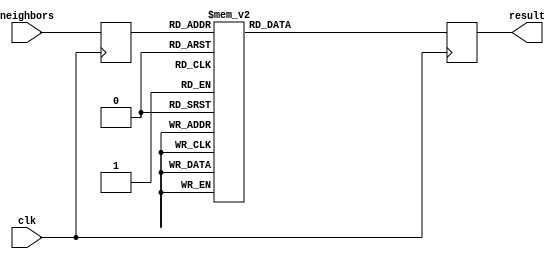
module case_top
  (
   input clk,
   input [8:0] neighbors,
   output result
   );
  

  reg [8:0]   neighbors_r;
  reg	      wdata;
  assign result = wdata;
  
  always @ (posedge clk) begin
    neighbors_r <= neighbors;
  end

  always @(posedge clk) begin
    case(neighbors_r)
      9'b000_000_000: wdata <= 1'b0;
      9'b000_000_001: wdata <= 1'b0;
      9'b000_000_010: wdata <= 1'b0;
      9'b000_000_011: wdata <= 1'b0;
      9'b000_000_100: wdata <= 1'b0;
      9'b000_000_101: wdata <= 1'b0;
      9'b000_000_110: wdata <= 1'b0;
      9'b000_000_111: wdata <= 1'b1;
      9'b000_001_000: wdata <= 1'b0;
      9'b000_001_001: wdata <= 1'b0;
      9'b000_001_010: wdata <= 1'b0;
      9'b000_001_011: wdata <= 1'b1;
      9'b000_001_100: wdata <= 1'b0;
      9'b000_001_101: wdata <= 1'b1;
      9'b000_001_110: wdata <= 1'b1;
      9'b000_001_111: wdata <= 1'b0;
      9'b000_010_000: wdata <= 1'b0;
      9'b000_010_001: wdata <= 1'b0;
      9'b000_010_010: wdata <= 1'b0;
      9'b000_010_011: wdata <= 1'b1;
      9'b000_010_100: wdata <= 1'b0;
      9'b000_010_101: wdata <= 1'b1;
      9'b000_010_110: wdata <= 1'b1;
      9'b000_010_111: wdata <= 1'b1;
      9'b000_011_000: wdata <= 1'b0;
      9'b000_011_001: wdata <= 1'b1;
      9'b000_011_010: wdata <= 1'b1;
      9'b000_011_011: wdata <= 1'b1;
      9'b000_011_100: wdata <= 1'b1;
      9'b000_011_101: wdata <= 1'b1;
      9'b000_011_110: wdata <= 1'b1;
      9'b000_011_111: wdata <= 1'b0;
      9'b000_100_000: wdata <= 1'b0;
      9'b000_100_001: wdata <= 1'b0;
      9'b000_100_010: wdata <= 1'b0;
      9'b000_100_011: wdata <= 1'b1;
      9'b000_100_100: wdata <= 1'b0;
      9'b000_100_101: wdata <= 1'b1;
      9'b000_100_110: wdata <= 1'b1;
      9'b000_100_111: wdata <= 1'b0;
      9'b000_101_000: wdata <= 1'b0;
      9'b000_101_001: wdata <= 1'b1;
      9'b000_101_010: wdata <= 1'b1;
      9'b000_101_011: wdata <= 1'b0;
      9'b000_101_100: wdata <= 1'b1;
      9'b000_101_101: wdata <= 1'b0;
      9'b000_101_110: wdata <= 1'b0;
      9'b000_101_111: wdata <= 1'b0;
      9'b000_110_000: wdata <= 1'b0;
      9'b000_110_001: wdata <= 1'b1;
      9'b000_110_010: wdata <= 1'b1;
      9'b000_110_011: wdata <= 1'b1;
      9'b000_110_100: wdata <= 1'b1;
      9'b000_110_101: wdata <= 1'b1;
      9'b000_110_110: wdata <= 1'b1;
      9'b000_110_111: wdata <= 1'b0;
      9'b000_111_000: wdata <= 1'b1;
      9'b000_111_001: wdata <= 1'b1;
      9'b000_111_010: wdata <= 1'b1;
      9'b000_111_011: wdata <= 1'b0;
      9'b000_111_100: wdata <= 1'b1;
      9'b000_111_101: wdata <= 1'b0;
      9'b000_111_110: wdata <= 1'b0;
      9'b000_111_111: wdata <= 1'b0;
      9'b001_000_000: wdata <= 1'b0;
      9'b001_000_001: wdata <= 1'b0;
      9'b001_000_010: wdata <= 1'b0;
      9'b001_000_011: wdata <= 1'b1;
      9'b001_000_100: wdata <= 1'b0;
      9'b001_000_101: wdata <= 1'b1;
      9'b001_000_110: wdata <= 1'b1;
      9'b001_000_111: wdata <= 1'b0;
      9'b001_001_000: wdata <= 1'b0;
      9'b001_001_001: wdata <= 1'b1;
      9'b001_001_010: wdata <= 1'b1;
      9'b001_001_011: wdata <= 1'b0;
      9'b001_001_100: wdata <= 1'b1;
      9'b001_001_101: wdata <= 1'b0;
      9'b001_001_110: wdata <= 1'b0;
      9'b001_001_111: wdata <= 1'b0;
      9'b001_010_000: wdata <= 1'b0;
      9'b001_010_001: wdata <= 1'b1;
      9'b001_010_010: wdata <= 1'b1;
      9'b001_010_011: wdata <= 1'b1;
      9'b001_010_100: wdata <= 1'b1;
      9'b001_010_101: wdata <= 1'b1;
      9'b001_010_110: wdata <= 1'b1;
      9'b001_010_111: wdata <= 1'b0;
      9'b001_011_000: wdata <= 1'b1;
      9'b001_011_001: wdata <= 1'b1;
      9'b001_011_010: wdata <= 1'b1;
      9'b001_011_011: wdata <= 1'b0;
      9'b001_011_100: wdata <= 1'b1;
      9'b001_011_101: wdata <= 1'b0;
      9'b001_011_110: wdata <= 1'b0;
      9'b001_011_111: wdata <= 1'b0;
      9'b001_100_000: wdata <= 1'b0;
      9'b001_100_001: wdata <= 1'b1;
      9'b001_100_010: wdata <= 1'b1;
      9'b001_100_011: wdata <= 1'b0;
      9'b001_100_100: wdata <= 1'b1;
      9'b001_100_101: wdata <= 1'b0;
      9'b001_100_110: wdata <= 1'b0;
      9'b001_100_111: wdata <= 1'b0;
      9'b001_101_000: wdata <= 1'b1;
      9'b001_101_001: wdata <= 1'b0;
      9'b001_101_010: wdata <= 1'b0;
      9'b001_101_011: wdata <= 1'b0;
      9'b001_101_100: wdata <= 1'b0;
      9'b001_101_101: wdata <= 1'b0;
      9'b001_101_110: wdata <= 1'b0;
      9'b001_101_111: wdata <= 1'b0;
      9'b001_110_000: wdata <= 1'b1;
      9'b001_110_001: wdata <= 1'b1;
      9'b001_110_010: wdata <= 1'b1;
      9'b001_110_011: wdata <= 1'b0;
      9'b001_110_100: wdata <= 1'b1;
      9'b001_110_101: wdata <= 1'b0;
      9'b001_110_110: wdata <= 1'b0;
      9'b001_110_111: wdata <= 1'b0;
      9'b001_111_000: wdata <= 1'b1;
      9'b001_111_001: wdata <= 1'b0;
      9'b001_111_010: wdata <= 1'b0;
      9'b001_111_011: wdata <= 1'b0;
      9'b001_111_100: wdata <= 1'b0;
      9'b001_111_101: wdata <= 1'b0;
      9'b001_111_110: wdata <= 1'b0;
      9'b001_111_111: wdata <= 1'b0;
      9'b010_000_000: wdata <= 1'b0;
      9'b010_000_001: wdata <= 1'b0;
      9'b010_000_010: wdata <= 1'b0;
      9'b010_000_011: wdata <= 1'b1;
      9'b010_000_100: wdata <= 1'b0;
      9'b010_000_101: wdata <= 1'b1;
      9'b010_000_110: wdata <= 1'b1;
      9'b010_000_111: wdata <= 1'b0;
      9'b010_001_000: wdata <= 1'b0;
      9'b010_001_001: wdata <= 1'b1;
      9'b010_001_010: wdata <= 1'b1;
      9'b010_001_011: wdata <= 1'b0;
      9'b010_001_100: wdata <= 1'b1;
      9'b010_001_101: wdata <= 1'b0;
      9'b010_001_110: wdata <= 1'b0;
      9'b010_001_111: wdata <= 1'b0;
      9'b010_010_000: wdata <= 1'b0;
      9'b010_010_001: wdata <= 1'b1;
      9'b010_010_010: wdata <= 1'b1;
      9'b010_010_011: wdata <= 1'b1;
      9'b010_010_100: wdata <= 1'b1;
      9'b010_010_101: wdata <= 1'b1;
      9'b010_010_110: wdata <= 1'b1;
      9'b010_010_111: wdata <= 1'b0;
      9'b010_011_000: wdata <= 1'b1;
      9'b010_011_001: wdata <= 1'b1;
      9'b010_011_010: wdata <= 1'b1;
      9'b010_011_011: wdata <= 1'b0;
      9'b010_011_100: wdata <= 1'b1;
      9'b010_011_101: wdata <= 1'b0;
      9'b010_011_110: wdata <= 1'b0;
      9'b010_011_111: wdata <= 1'b0;
      9'b010_100_000: wdata <= 1'b0;
      9'b010_100_001: wdata <= 1'b1;
      9'b010_100_010: wdata <= 1'b1;
      9'b010_100_011: wdata <= 1'b0;
      9'b010_100_100: wdata <= 1'b1;
      9'b010_100_101: wdata <= 1'b0;
      9'b010_100_110: wdata <= 1'b0;
      9'b010_100_111: wdata <= 1'b0;
      9'b010_101_000: wdata <= 1'b1;
      9'b010_101_001: wdata <= 1'b0;
      9'b010_101_010: wdata <= 1'b0;
      9'b010_101_011: wdata <= 1'b0;
      9'b010_101_100: wdata <= 1'b0;
      9'b010_101_101: wdata <= 1'b0;
      9'b010_101_110: wdata <= 1'b0;
      9'b010_101_111: wdata <= 1'b0;
      9'b010_110_000: wdata <= 1'b1;
      9'b010_110_001: wdata <= 1'b1;
      9'b010_110_010: wdata <= 1'b1;
      9'b010_110_011: wdata <= 1'b0;
      9'b010_110_100: wdata <= 1'b1;
      9'b010_110_101: wdata <= 1'b0;
      9'b010_110_110: wdata <= 1'b0;
      9'b010_110_111: wdata <= 1'b0;
      9'b010_111_000: wdata <= 1'b1;
      9'b010_111_001: wdata <= 1'b0;
      9'b010_111_010: wdata <= 1'b0;
      9'b010_111_011: wdata <= 1'b0;
      9'b010_111_100: wdata <= 1'b0;
      9'b010_111_101: wdata <= 1'b0;
      9'b010_111_110: wdata <= 1'b0;
      9'b010_111_111: wdata <= 1'b0;
      9'b011_000_000: wdata <= 1'b0;
      9'b011_000_001: wdata <= 1'b1;
      9'b011_000_010: wdata <= 1'b1;
      9'b011_000_011: wdata <= 1'b0;
      9'b011_000_100: wdata <= 1'b1;
      9'b011_000_101: wdata <= 1'b0;
      9'b011_000_110: wdata <= 1'b0;
      9'b011_000_111: wdata <= 1'b0;
      9'b011_001_000: wdata <= 1'b1;
      9'b011_001_001: wdata <= 1'b0;
      9'b011_001_010: wdata <= 1'b0;
      9'b011_001_011: wdata <= 1'b0;
      9'b011_001_100: wdata <= 1'b0;
      9'b011_001_101: wdata <= 1'b0;
      9'b011_001_110: wdata <= 1'b0;
      9'b011_001_111: wdata <= 1'b0;
      9'b011_010_000: wdata <= 1'b1;
      9'b011_010_001: wdata <= 1'b1;
      9'b011_010_010: wdata <= 1'b1;
      9'b011_010_011: wdata <= 1'b0;
      9'b011_010_100: wdata <= 1'b1;
      9'b011_010_101: wdata <= 1'b0;
      9'b011_010_110: wdata <= 1'b0;
      9'b011_010_111: wdata <= 1'b0;
      9'b011_011_000: wdata <= 1'b1;
      9'b011_011_001: wdata <= 1'b0;
      9'b011_011_010: wdata <= 1'b0;
      9'b011_011_011: wdata <= 1'b0;
      9'b011_011_100: wdata <= 1'b0;
      9'b011_011_101: wdata <= 1'b0;
      9'b011_011_110: wdata <= 1'b0;
      9'b011_011_111: wdata <= 1'b0;
      9'b011_100_000: wdata <= 1'b1;
      9'b011_100_001: wdata <= 1'b0;
      9'b011_100_010: wdata <= 1'b0;
      9'b011_100_011: wdata <= 1'b0;
      9'b011_100_100: wdata <= 1'b0;
      9'b011_100_101: wdata <= 1'b0;
      9'b011_100_110: wdata <= 1'b0;
      9'b011_100_111: wdata <= 1'b0;
      9'b011_101_000: wdata <= 1'b0;
      9'b011_101_001: wdata <= 1'b0;
      9'b011_101_010: wdata <= 1'b0;
      9'b011_101_011: wdata <= 1'b0;
      9'b011_101_100: wdata <= 1'b0;
      9'b011_101_101: wdata <= 1'b0;
      9'b011_101_110: wdata <= 1'b0;
      9'b011_101_111: wdata <= 1'b0;
      9'b011_110_000: wdata <= 1'b1;
      9'b011_110_001: wdata <= 1'b0;
      9'b011_110_010: wdata <= 1'b0;
      9'b011_110_011: wdata <= 1'b0;
      9'b011_110_100: wdata <= 1'b0;
      9'b011_110_101: wdata <= 1'b0;
      9'b011_110_110: wdata <= 1'b0;
      9'b011_110_111: wdata <= 1'b0;
      9'b011_111_000: wdata <= 1'b0;
      9'b011_111_001: wdata <= 1'b0;
      9'b011_111_010: wdata <= 1'b0;
      9'b011_111_011: wdata <= 1'b0;
      9'b011_111_100: wdata <= 1'b0;
      9'b011_111_101: wdata <= 1'b0;
      9'b011_111_110: wdata <= 1'b0;
      9'b011_111_111: wdata <= 1'b0;
      9'b100_000_000: wdata <= 1'b0;
      9'b100_000_001: wdata <= 1'b0;
      9'b100_000_010: wdata <= 1'b0;
      9'b100_000_011: wdata <= 1'b1;
      9'b100_000_100: wdata <= 1'b0;
      9'b100_000_101: wdata <= 1'b1;
      9'b100_000_110: wdata <= 1'b1;
      9'b100_000_111: wdata <= 1'b0;
      9'b100_001_000: wdata <= 1'b0;
      9'b100_001_001: wdata <= 1'b1;
      9'b100_001_010: wdata <= 1'b1;
      9'b100_001_011: wdata <= 1'b0;
      9'b100_001_100: wdata <= 1'b1;
      9'b100_001_101: wdata <= 1'b0;
      9'b100_001_110: wdata <= 1'b0;
      9'b100_001_111: wdata <= 1'b0;
      9'b100_010_000: wdata <= 1'b0;
      9'b100_010_001: wdata <= 1'b1;
      9'b100_010_010: wdata <= 1'b1;
      9'b100_010_011: wdata <= 1'b1;
      9'b100_010_100: wdata <= 1'b1;
      9'b100_010_101: wdata <= 1'b1;
      9'b100_010_110: wdata <= 1'b1;
      9'b100_010_111: wdata <= 1'b0;
      9'b100_011_000: wdata <= 1'b1;
      9'b100_011_001: wdata <= 1'b1;
      9'b100_011_010: wdata <= 1'b1;
      9'b100_011_011: wdata <= 1'b0;
      9'b100_011_100: wdata <= 1'b1;
      9'b100_011_101: wdata <= 1'b0;
      9'b100_011_110: wdata <= 1'b0;
      9'b100_011_111: wdata <= 1'b0;
      9'b100_100_000: wdata <= 1'b0;
      9'b100_100_001: wdata <= 1'b1;
      9'b100_100_010: wdata <= 1'b1;
      9'b100_100_011: wdata <= 1'b0;
      9'b100_100_100: wdata <= 1'b1;
      9'b100_100_101: wdata <= 1'b0;
      9'b100_100_110: wdata <= 1'b0;
      9'b100_100_111: wdata <= 1'b0;
      9'b100_101_000: wdata <= 1'b1;
      9'b100_101_001: wdata <= 1'b0;
      9'b100_101_010: wdata <= 1'b0;
      9'b100_101_011: wdata <= 1'b0;
      9'b100_101_100: wdata <= 1'b0;
      9'b100_101_101: wdata <= 1'b0;
      9'b100_101_110: wdata <= 1'b0;
      9'b100_101_111: wdata <= 1'b0;
      9'b100_110_000: wdata <= 1'b1;
      9'b100_110_001: wdata <= 1'b1;
      9'b100_110_010: wdata <= 1'b1;
      9'b100_110_011: wdata <= 1'b0;
      9'b100_110_100: wdata <= 1'b1;
      9'b100_110_101: wdata <= 1'b0;
      9'b100_110_110: wdata <= 1'b0;
      9'b100_110_111: wdata <= 1'b0;
      9'b100_111_000: wdata <= 1'b1;
      9'b100_111_001: wdata <= 1'b0;
      9'b100_111_010: wdata <= 1'b0;
      9'b100_111_011: wdata <= 1'b0;
      9'b100_111_100: wdata <= 1'b0;
      9'b100_111_101: wdata <= 1'b0;
      9'b100_111_110: wdata <= 1'b0;
      9'b100_111_111: wdata <= 1'b0;
      9'b101_000_000: wdata <= 1'b0;
      9'b101_000_001: wdata <= 1'b1;
      9'b101_000_010: wdata <= 1'b1;
      9'b101_000_011: wdata <= 1'b0;
      9'b101_000_100: wdata <= 1'b1;
      9'b101_000_101: wdata <= 1'b0;
      9'b101_000_110: wdata <= 1'b0;
      9'b101_000_111: wdata <= 1'b0;
      9'b101_001_000: wdata <= 1'b1;
      9'b101_001_001: wdata <= 1'b0;
      9'b101_001_010: wdata <= 1'b0;
      9'b101_001_011: wdata <= 1'b0;
      9'b101_001_100: wdata <= 1'b0;
      9'b101_001_101: wdata <= 1'b0;
      9'b101_001_110: wdata <= 1'b0;
      9'b101_001_111: wdata <= 1'b0;
      9'b101_010_000: wdata <= 1'b1;
      9'b101_010_001: wdata <= 1'b1;
      9'b101_010_010: wdata <= 1'b1;
      9'b101_010_011: wdata <= 1'b0;
      9'b101_010_100: wdata <= 1'b1;
      9'b101_010_101: wdata <= 1'b0;
      9'b101_010_110: wdata <= 1'b0;
      9'b101_010_111: wdata <= 1'b0;
      9'b101_011_000: wdata <= 1'b1;
      9'b101_011_001: wdata <= 1'b0;
      9'b101_011_010: wdata <= 1'b0;
      9'b101_011_011: wdata <= 1'b0;
      9'b101_011_100: wdata <= 1'b0;
      9'b101_011_101: wdata <= 1'b0;
      9'b101_011_110: wdata <= 1'b0;
      9'b101_011_111: wdata <= 1'b0;
      9'b101_100_000: wdata <= 1'b1;
      9'b101_100_001: wdata <= 1'b0;
      9'b101_100_010: wdata <= 1'b0;
      9'b101_100_011: wdata <= 1'b0;
      9'b101_100_100: wdata <= 1'b0;
      9'b101_100_101: wdata <= 1'b0;
      9'b101_100_110: wdata <= 1'b0;
      9'b101_100_111: wdata <= 1'b0;
      9'b101_101_000: wdata <= 1'b0;
      9'b101_101_001: wdata <= 1'b0;
      9'b101_101_010: wdata <= 1'b0;
      9'b101_101_011: wdata <= 1'b0;
      9'b101_101_100: wdata <= 1'b0;
      9'b101_101_101: wdata <= 1'b0;
      9'b101_101_110: wdata <= 1'b0;
      9'b101_101_111: wdata <= 1'b0;
      9'b101_110_000: wdata <= 1'b1;
      9'b101_110_001: wdata <= 1'b0;
      9'b101_110_010: wdata <= 1'b0;
      9'b101_110_011: wdata <= 1'b0;
      9'b101_110_100: wdata <= 1'b0;
      9'b101_110_101: wdata <= 1'b0;
      9'b101_110_110: wdata <= 1'b0;
      9'b101_110_111: wdata <= 1'b0;
      9'b101_111_000: wdata <= 1'b0;
      9'b101_111_001: wdata <= 1'b0;
      9'b101_111_010: wdata <= 1'b0;
      9'b101_111_011: wdata <= 1'b0;
      9'b101_111_100: wdata <= 1'b0;
      9'b101_111_101: wdata <= 1'b0;
      9'b101_111_110: wdata <= 1'b0;
      9'b101_111_111: wdata <= 1'b0;
      9'b110_000_000: wdata <= 1'b0;
      9'b110_000_001: wdata <= 1'b1;
      9'b110_000_010: wdata <= 1'b1;
      9'b110_000_011: wdata <= 1'b0;
      9'b110_000_100: wdata <= 1'b1;
      9'b110_000_101: wdata <= 1'b0;
      9'b110_000_110: wdata <= 1'b0;
      9'b110_000_111: wdata <= 1'b0;
      9'b110_001_000: wdata <= 1'b1;
      9'b110_001_001: wdata <= 1'b0;
      9'b110_001_010: wdata <= 1'b0;
      9'b110_001_011: wdata <= 1'b0;
      9'b110_001_100: wdata <= 1'b0;
      9'b110_001_101: wdata <= 1'b0;
      9'b110_001_110: wdata <= 1'b0;
      9'b110_001_111: wdata <= 1'b0;
      9'b110_010_000: wdata <= 1'b1;
      9'b110_010_001: wdata <= 1'b1;
      9'b110_010_010: wdata <= 1'b1;
      9'b110_010_011: wdata <= 1'b0;
      9'b110_010_100: wdata <= 1'b1;
      9'b110_010_101: wdata <= 1'b0;
      9'b110_010_110: wdata <= 1'b0;
      9'b110_010_111: wdata <= 1'b0;
      9'b110_011_000: wdata <= 1'b1;
      9'b110_011_001: wdata <= 1'b0;
      9'b110_011_010: wdata <= 1'b0;
      9'b110_011_011: wdata <= 1'b0;
      9'b110_011_100: wdata <= 1'b0;
      9'b110_011_101: wdata <= 1'b0;
      9'b110_011_110: wdata <= 1'b0;
      9'b110_011_111: wdata <= 1'b0;
      9'b110_100_000: wdata <= 1'b1;
      9'b110_100_001: wdata <= 1'b0;
      9'b110_100_010: wdata <= 1'b0;
      9'b110_100_011: wdata <= 1'b0;
      9'b110_100_100: wdata <= 1'b0;
      9'b110_100_101: wdata <= 1'b0;
      9'b110_100_110: wdata <= 1'b0;
      9'b110_100_111: wdata <= 1'b0;
      9'b110_101_000: wdata <= 1'b0;
      9'b110_101_001: wdata <= 1'b0;
      9'b110_101_010: wdata <= 1'b0;
      9'b110_101_011: wdata <= 1'b0;
      9'b110_101_100: wdata <= 1'b0;
      9'b110_101_101: wdata <= 1'b0;
      9'b110_101_110: wdata <= 1'b0;
      9'b110_101_111: wdata <= 1'b0;
      9'b110_110_000: wdata <= 1'b1;
      9'b110_110_001: wdata <= 1'b0;
      9'b110_110_010: wdata <= 1'b0;
      9'b110_110_011: wdata <= 1'b0;
      9'b110_110_100: wdata <= 1'b0;
      9'b110_110_101: wdata <= 1'b0;
      9'b110_110_110: wdata <= 1'b0;
      9'b110_110_111: wdata <= 1'b0;
      9'b110_111_000: wdata <= 1'b0;
      9'b110_111_001: wdata <= 1'b0;
      9'b110_111_010: wdata <= 1'b0;
      9'b110_111_011: wdata <= 1'b0;
      9'b110_111_100: wdata <= 1'b0;
      9'b110_111_101: wdata <= 1'b0;
      9'b110_111_110: wdata <= 1'b0;
      9'b110_111_111: wdata <= 1'b0;
      9'b111_000_000: wdata <= 1'b1;
      9'b111_000_001: wdata <= 1'b0;
      9'b111_000_010: wdata <= 1'b0;
      9'b111_000_011: wdata <= 1'b0;
      9'b111_000_100: wdata <= 1'b0;
      9'b111_000_101: wdata <= 1'b0;
      9'b111_000_110: wdata <= 1'b0;
      9'b111_000_111: wdata <= 1'b0;
      9'b111_001_000: wdata <= 1'b0;
      9'b111_001_001: wdata <= 1'b0;
      9'b111_001_010: wdata <= 1'b0;
      9'b111_001_011: wdata <= 1'b0;
      9'b111_001_100: wdata <= 1'b0;
      9'b111_001_101: wdata <= 1'b0;
      9'b111_001_110: wdata <= 1'b0;
      9'b111_001_111: wdata <= 1'b0;
      9'b111_010_000: wdata <= 1'b1;
      9'b111_010_001: wdata <= 1'b0;
      9'b111_010_010: wdata <= 1'b0;
      9'b111_010_011: wdata <= 1'b0;
      9'b111_010_100: wdata <= 1'b0;
      9'b111_010_101: wdata <= 1'b0;
      9'b111_010_110: wdata <= 1'b0;
      9'b111_010_111: wdata <= 1'b0;
      9'b111_011_000: wdata <= 1'b0;
      9'b111_011_001: wdata <= 1'b0;
      9'b111_011_010: wdata <= 1'b0;
      9'b111_011_011: wdata <= 1'b0;
      9'b111_011_100: wdata <= 1'b0;
      9'b111_011_101: wdata <= 1'b0;
      9'b111_011_110: wdata <= 1'b0;
      9'b111_011_111: wdata <= 1'b0;
      9'b111_100_000: wdata <= 1'b0;
      9'b111_100_001: wdata <= 1'b0;
      9'b111_100_010: wdata <= 1'b0;
      9'b111_100_011: wdata <= 1'b0;
      9'b111_100_100: wdata <= 1'b0;
      9'b111_100_101: wdata <= 1'b0;
      9'b111_100_110: wdata <= 1'b0;
      9'b111_100_111: wdata <= 1'b0;
      9'b111_101_000: wdata <= 1'b0;
      9'b111_101_001: wdata <= 1'b0;
      9'b111_101_010: wdata <= 1'b0;
      9'b111_101_011: wdata <= 1'b0;
      9'b111_101_100: wdata <= 1'b0;
      9'b111_101_101: wdata <= 1'b0;
      9'b111_101_110: wdata <= 1'b0;
      9'b111_101_111: wdata <= 1'b0;
      9'b111_110_000: wdata <= 1'b0;
      9'b111_110_001: wdata <= 1'b0;
      9'b111_110_010: wdata <= 1'b0;
      9'b111_110_011: wdata <= 1'b0;
      9'b111_110_100: wdata <= 1'b0;
      9'b111_110_101: wdata <= 1'b0;
      9'b111_110_110: wdata <= 1'b0;
      9'b111_110_111: wdata <= 1'b0;
      9'b111_111_000: wdata <= 1'b0;
      9'b111_111_001: wdata <= 1'b0;
      9'b111_111_010: wdata <= 1'b0;
      9'b111_111_011: wdata <= 1'b0;
      9'b111_111_100: wdata <= 1'b0;
      9'b111_111_101: wdata <= 1'b0;
      9'b111_111_110: wdata <= 1'b0;
      9'b111_111_111: wdata <= 1'b0;
    endcase
  end // always @ (posedge clk)

endmodule // top